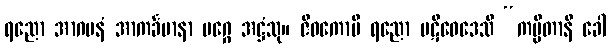
ရညော အာဂမနံ အာကင်္ခမာနာ မဂ္ဂေ အဋ္ဌံသု။ ဇီဝကောပိ ရညော ပဋိဝေဒေသိ “ကပ္ပိတာနိ ခေါ